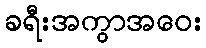
ခရီးအကွာအဝေး